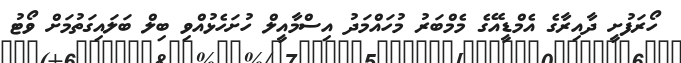
ހޯރަފުށީ ދާއިރާގެ އެމްޑީއޭގެ މެމްބަރު މުހައްމަދު އިސްމާއީލް ހުށަހެޅުއްވި ބިލް ބަލައިގަތުމަށް ވޯޓު